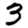
Digit: 3